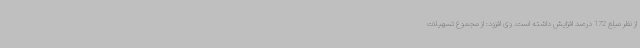
از نظر مبلغ 172 درصد افزایش داشته است. وی افزود: از مجموع تسهیلات